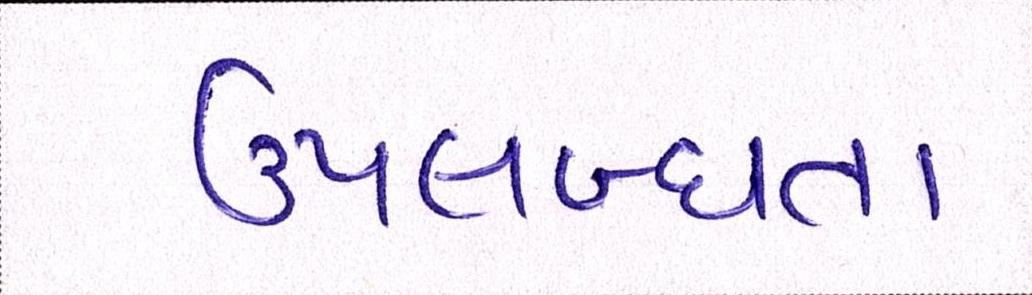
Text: ઉપલબ્ધતા